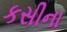
કસીના